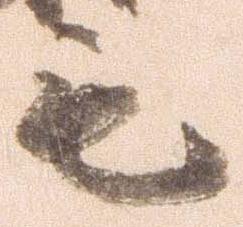
毛